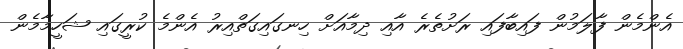
އެންމެން ފާލަމުން ފައިބާފައި ރަށުތެރެ އާއި ދިމާއަށް ހިނގައިގަތްއިރު އެންމެ ކުރީގައި ޝަހީމާމެން